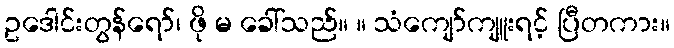
ဥဒေါင်းတွန်ရော်၊ ဖို မ ခေါ်သည်။ ။ သံကျော်ကျူးရင့် ပြီတကား။